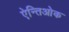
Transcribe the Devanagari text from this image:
ऐन्तिओक